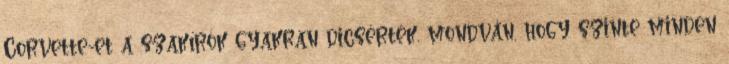
Corvette-et a szakírók gyakran dicsérték, mondván, hogy szinte minden